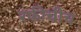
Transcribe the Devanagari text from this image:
रफीचीच